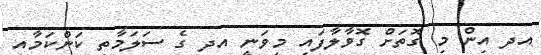
އދ އިން މި ގޮތަށް ގޮވާލާފައި މިވަނީ އދ ގެ ސަލަމާތި ކަންކަމާއި